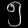
Digit: ၅